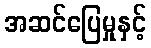
အဆင်ပြေမှုနှင့်